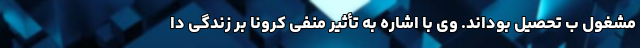
مشغول ب تحصیل بوداند. وی با اشاره به تأثیر منفی کرونا بر زندگی دا